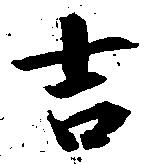
吉